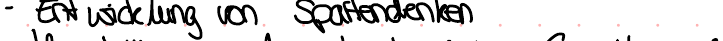
- Entwicklung von Spardenken